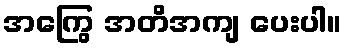
အကြွေ အတိအကျ ပေးပါ။